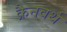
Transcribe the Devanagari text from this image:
क्रैनवर्थ